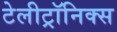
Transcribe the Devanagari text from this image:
टेलीट्रॉनिक्स